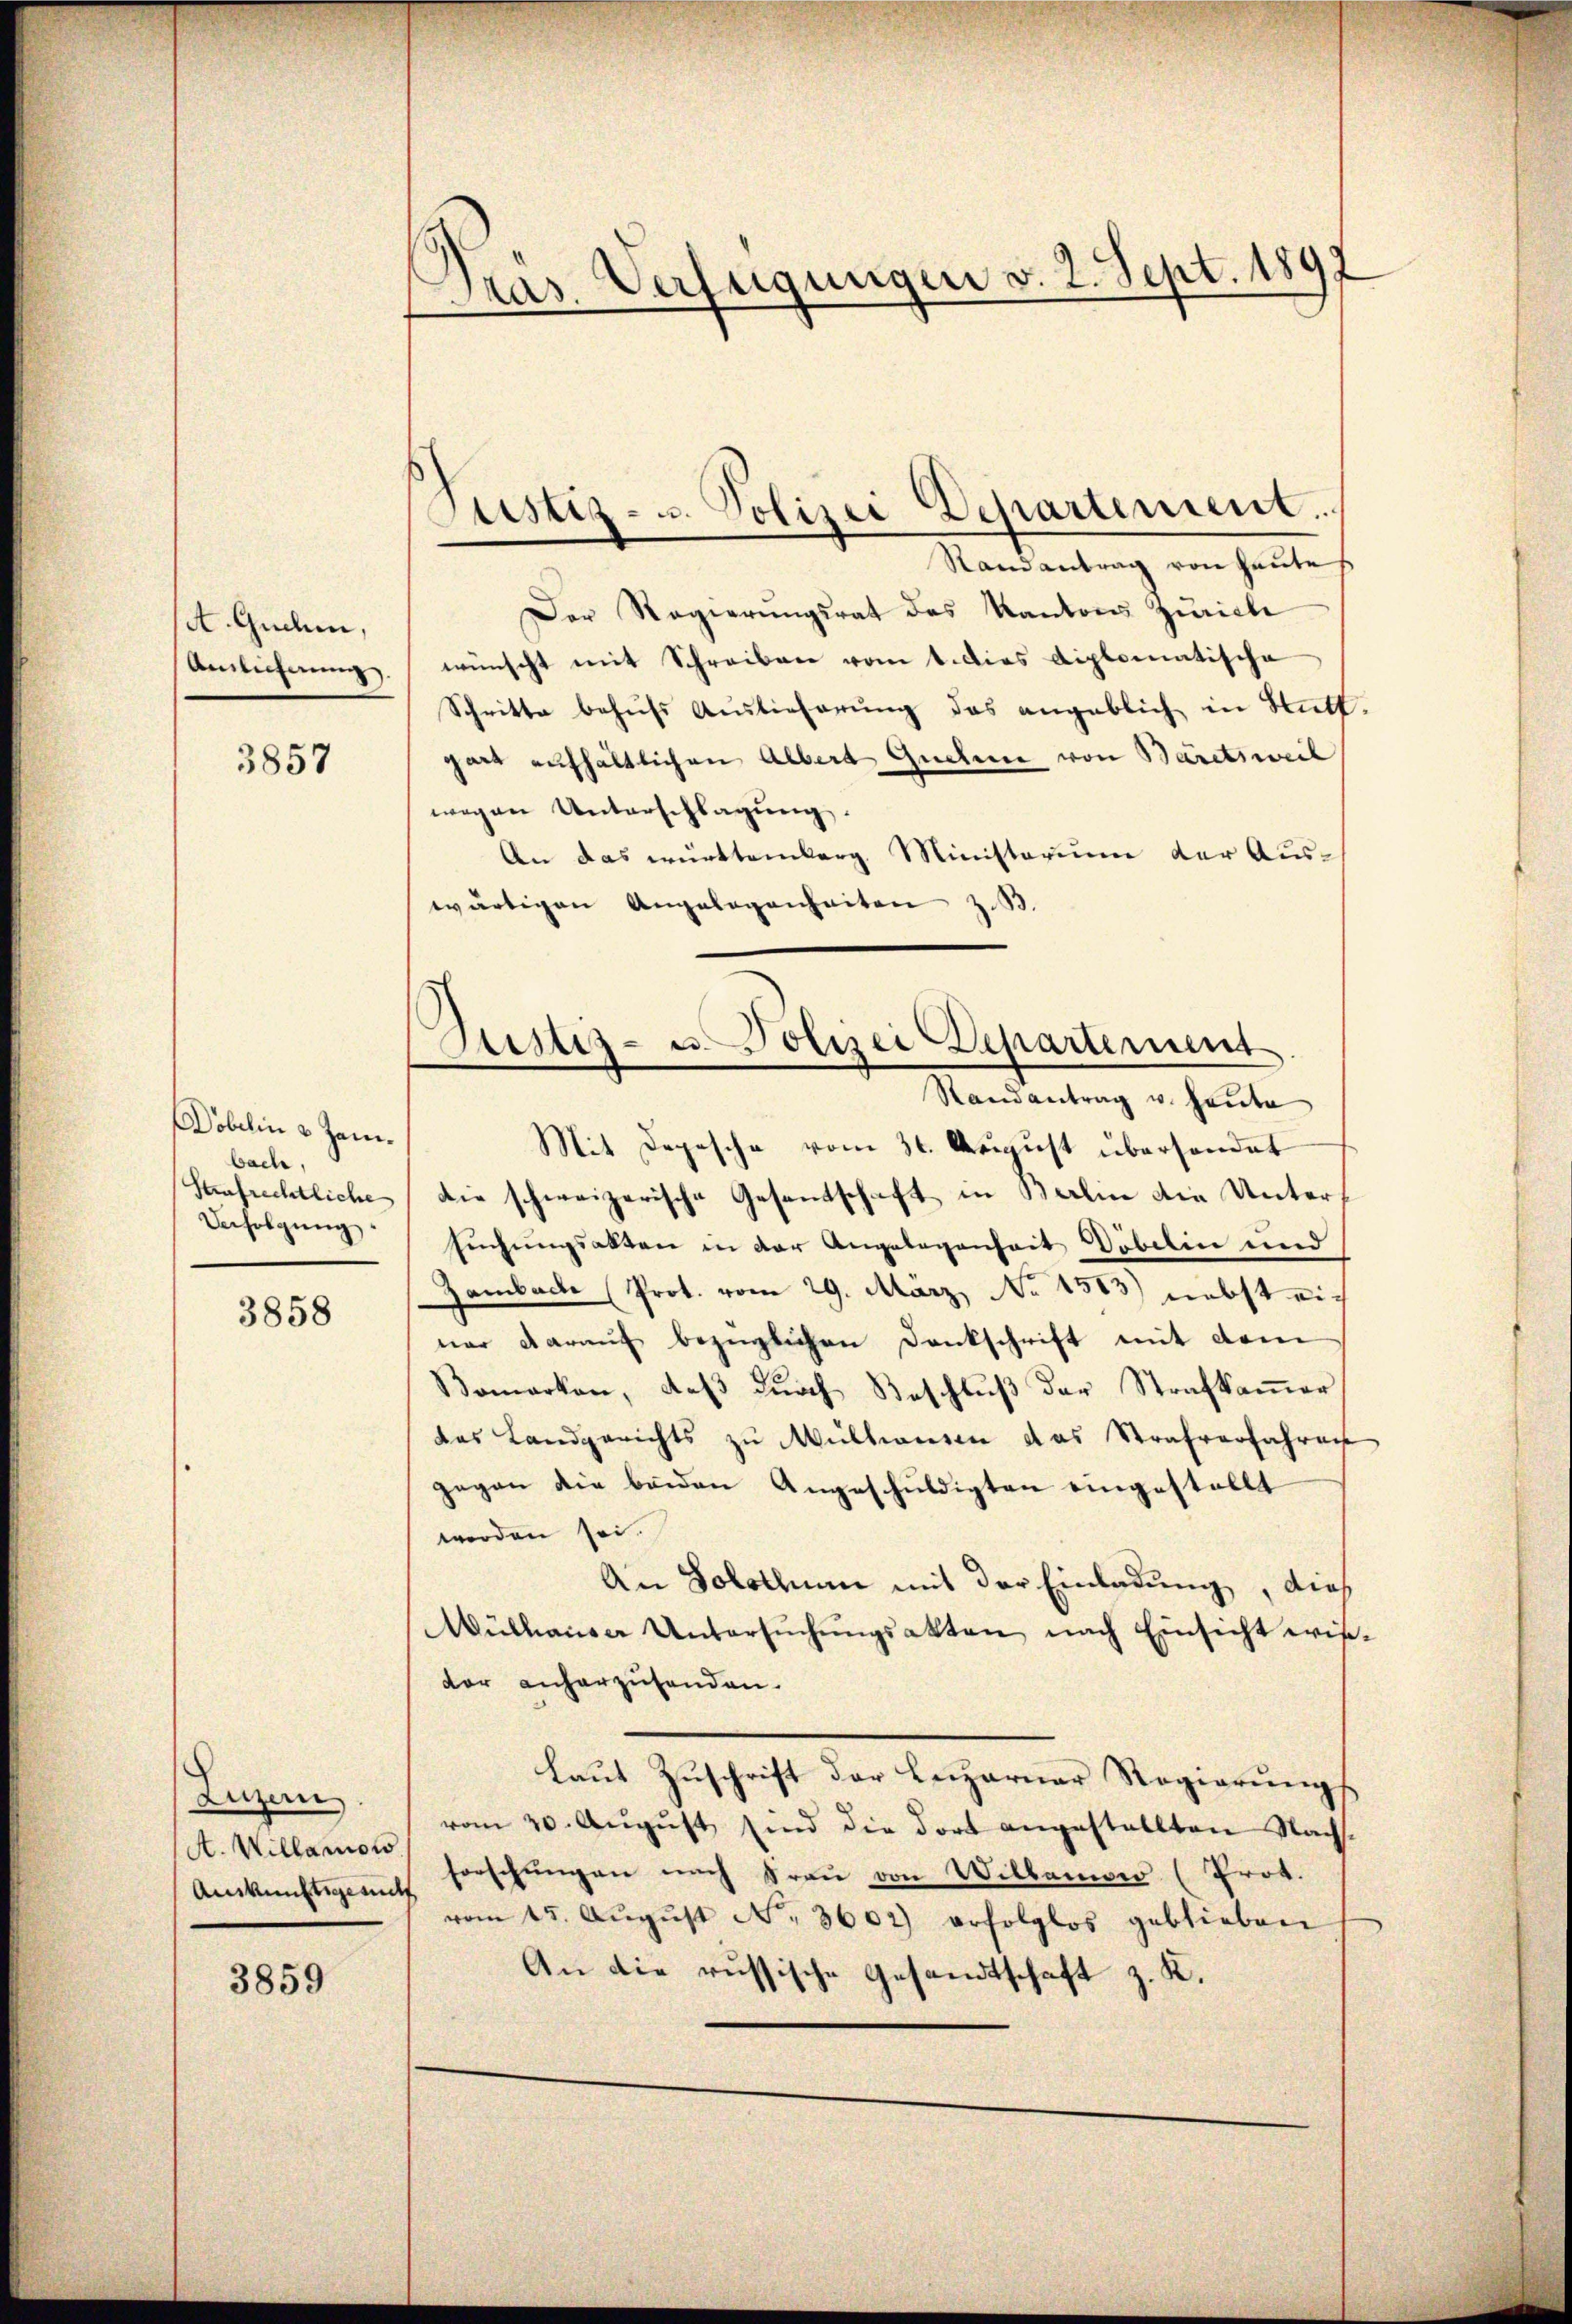
A. Guchen,
Anlicherung

3857

Döbelin 3 Jan.
bach,
Saufrechtliche
Unfolgung

3858

Luzern
A. Willanows
Auskunftsgesucht

3859

Pras. Verfügungen v. 2. Sept. 189

Justiz- u. Polizei Departement
Randantrag u. heute

Justiz- u. Polizei Departement.
Randantrag von Heute
Der Regierŭngsrat des Kantons Zürich
wünscht mit Schreiben vom 1. Dies diplomatische
Schritte behŭfs Auslieferŭng das angeblich in Statt.
gart aufhältlichen Albert Quelle von Bäretsweil
wegen Unterschlagung.
An das württemberg Ministerium der Aus-
wärtigen Angelegenheiten z.B.
Mit Depesche vom 31. August übersendet
die schweizerische Gesandschaft in Berlin die Unters
suchungsakten in der Angelegenheit Döbelin und
Zambache Prot. vom 29. März, No 1513) nebst einer darauf bezüglichen Dankschrift mit dem
Bomarken, daβ dŭrch Beschlŭβ der Strafkaṁer
das Landgerichts zu Mülhausen das Strafverfahren
gegen die beiden Angeschuldigten eingestellt
werden sei.
An Solothum mit der Einladung, dies
Mülhause Untersŭchŭngsakten nach Einsicht wisdor anherzusenden.
Laut Zuschrift der Leizarner Regierungs
vom 20. Aŭgŭst sind die dort angestallten Nach-
forschungen nach Frau von Willamar (Prot.
vom 15. Aŭgŭst No. 3602) erfolglos geblieben
An die russische Gesandtschaft z. K.